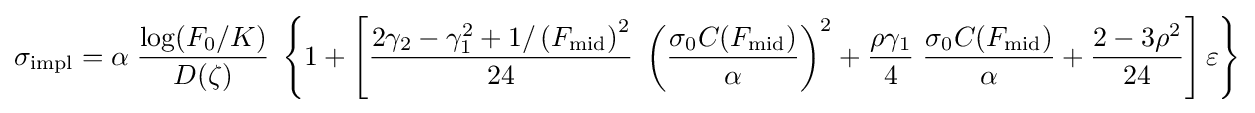
\sigma _{\text{impl}}=\alpha \;{\frac {\log(F_{0}/K)}{D(\zeta )}}\;\left\{1+\left[{\frac {2\gamma _{2}-\gamma _{1}^{2}+1/\left(F_{\text{mid}}\right)^{2}}{24}}\;\left({\frac {\sigma _{0}C(F_{\text{mid}})}{\alpha }}\right)^{2}+{\frac {\rho \gamma _{1}}{4}}\;{\frac {\sigma _{0}C(F_{\text{mid}})}{\alpha }}+{\frac {2-3\rho ^{2}}{24}}\right]\varepsilon \right\}